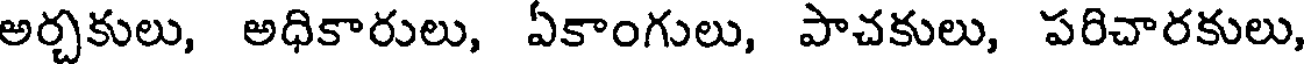
అర్చకులు, అధికారులు, ఏకాంగులు, పాచకులు, పరిచారకులు,